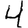
Digit: 4